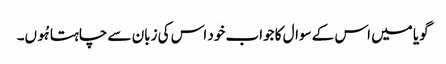
گویا میں اس کے سوال کا جواب خود اس کی زبان سے چاہتا ہُوں۔